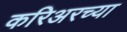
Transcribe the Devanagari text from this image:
करिअरच्या